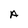
Character: A